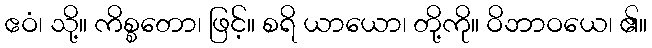
ဧဝံ၊ သို့။ ကိစ္စတော၊ ဖြင့်။ စရိ ယာယော၊ တို့ကို။ ဝိဘာဝယေ၊ ၏။